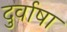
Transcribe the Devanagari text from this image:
दुर्वाषा